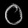
Digit: ၀